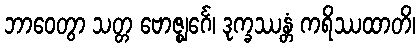
ဘာဝေတွာ သတ္တ ဗောဇ္ဈင်္ဂေ၊ ဒုက္ခဿန္တံ ကရိဿထာတိ၊